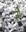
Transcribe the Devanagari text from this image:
र्जा